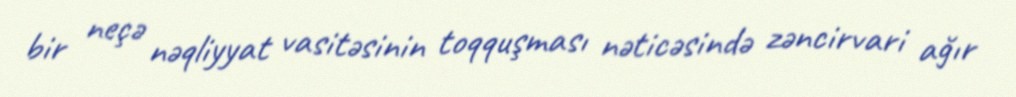
bir neçə nəqliyyat vasitəsinin toqquşması nəticəsində zəncirvari ağır